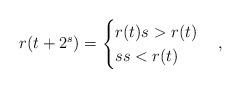
LaTeX: \begin{align*}r(t + 2^s) = \begin{cases} {r(t) s > r(t) } \\ {s s < r(t)} \end{cases},\end{align*}